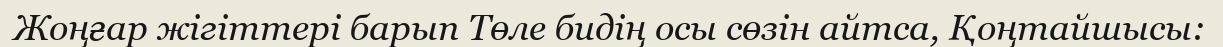
Жоңғар жігіттері барып Төле бидің осы сөзін айтса, Қоңтайшысы: